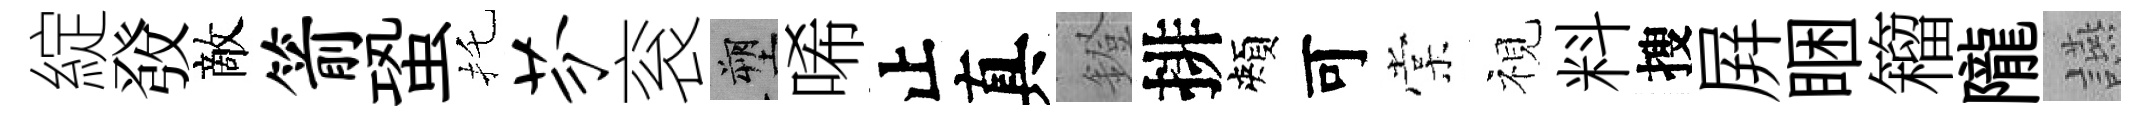
綻𤼲敵箭蛩托芬衮塑唏止真鐙排頰可棠視料搜屛睏籕隴讌